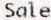
SALE